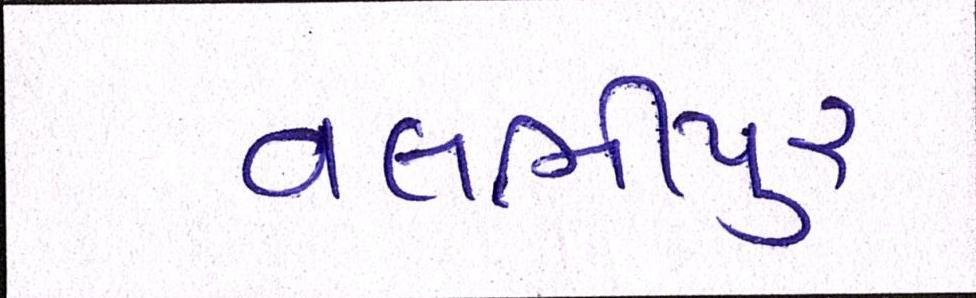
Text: વલભીપુર